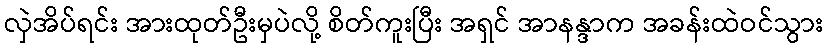
လှဲအိပ်ရင်း အားထုတ်ဦးမှပဲလို့ စိတ်ကူးပြီး အရှင် အာနန္ဒာက အခန်းထဲဝင်သွား